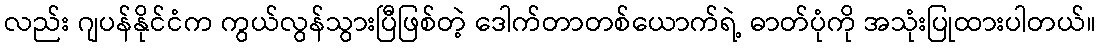
လည်း ဂျပန်နိုင်ငံက ကွယ်လွန်သွားပြီဖြစ်တဲ့ ဒေါက်တာတစ်ယောက်ရဲ့ ဓာတ်ပုံကို အသုံးပြုထားပါတယ်။